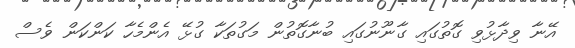
އޭނާ ވިދާޅުވި ގޮތުގައި ގާނޫނުގައި ބުނާގޮތުން މަގުތަކާ ގުޅޭ އެންމެހާ ކަންކަން ވެސް